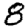
Digit: 8